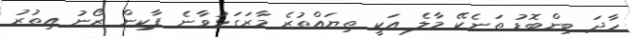
ހާދަ ބިންބޮޑު ތަނެކޭ މާލެ އަކީ ތިޔައްތުރެ މާރަގަޅުވާނެ ޕާކިން ޒޯނު އިތުރު